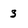
Character: 3